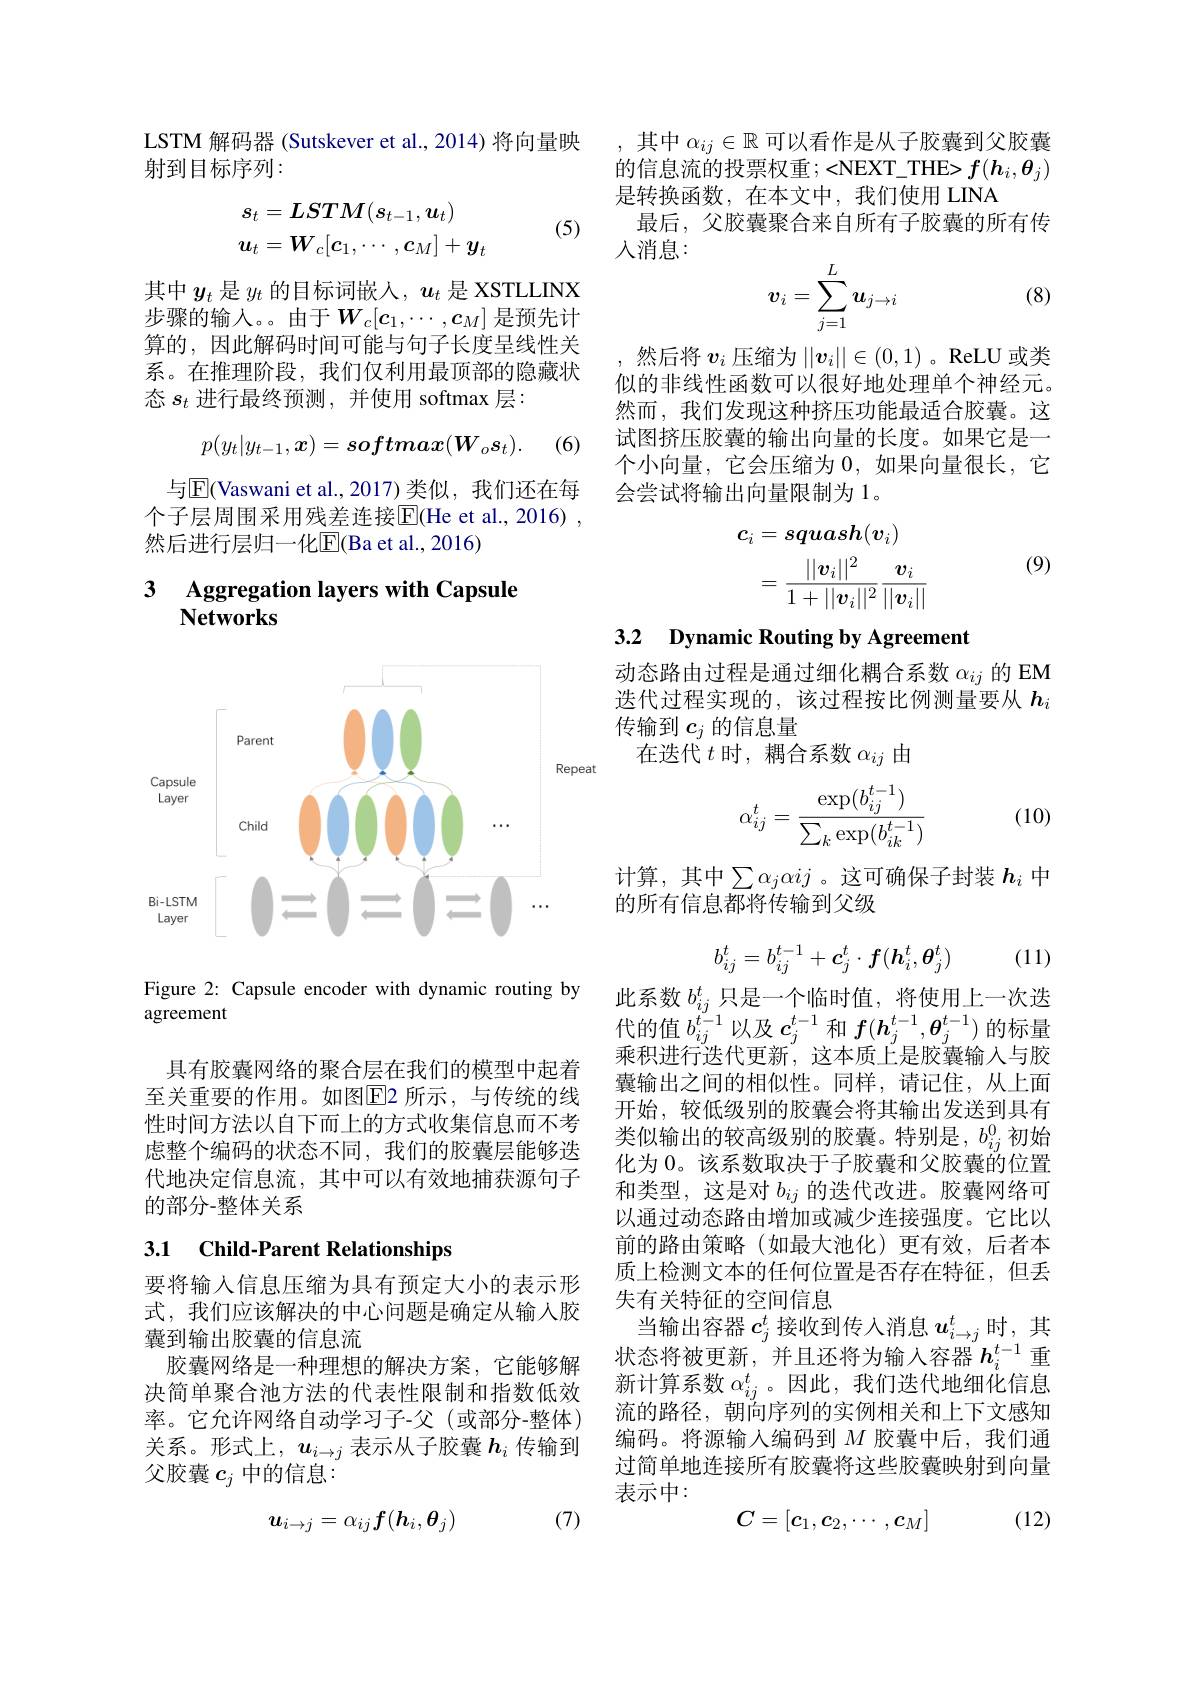
LSTM 解码器 (Sutskever et al., 2014) 将向量映
射到目标序列：
$$\begin{aligned}&s_{t}=\boldsymbol{LSTM}(\boldsymbol{s}_{t-1},\boldsymbol{u}_{t})\\&u_{t}=W_{c}[c_{1},\cdots,c_{M}]+y_{t}\end{aligned}$$
(5)

其中$y_t$ 是$y_t$ 的目标词嵌人，$u_t$ 是 XSTLLINX 步骤的输入。由于$W_c[c_1,\cdots,c_M]$ 是预先计算的，因此解码时间可能与句子长度呈线性关系。在推理阶段，我们仅利用最顶部的隐藏状态$s_t$进行最终预测 ,并使用 softmax 层：
$$p(y_t|y_{t-1},\boldsymbol{x})=softmax(W_os_t).$$
(6)

与$\underline{\mathrm{E}}$(Vaswani et al.,2017)类似，我们还在每个子层周围采用残差连接$\overline{\mathrm{E}}($He et al., 2016) , 然后进行层归一化$\overline{\mathrm{E}}($Ba et al., 2016)

### 3 Aggregation lavers with Capsule $\mathbf{Networks}$

<FigureHere>

Figure 2: Capsule encoder with dynamic routing by
agreement

具有胶囊网络的聚合层在我们的模型中起着至关重要的作用。如图$\overline{\mathrm{E}}$2 所示，与传统的线性时间方法以自下而上的方式收集信息而不考虑整个编码的状态不同，我们的胶囊层能够迭代地决定信息流，其中可以有效地捕获源句子的部分-整体关系

# 3.1 Child-Parent Relationships

要将输入信息压缩为具有预定大小的表示形式，我们应该解决的中心问题是确定从输入胶囊到输出胶囊的信息流
胶囊网络是一种理想的解决方案，它能够解决简单聚合池方法的代表性限制和指数低效率。它允许网络自动学习子-父(或部分-整体) 关系。形式上，$u_{i\to j}$表示从子胶囊$h_i$传输到父胶囊$c_j$中的信息：

(7)
$$\boldsymbol{u}_{i\to j}=\alpha_{ij}\boldsymbol{f}(\boldsymbol{h}_i,\boldsymbol{\theta}_j)$$
,其中$\alpha_{ij}\in\mathbb{R}$可以看作是从子胶囊到父胶囊的信息流的投票权重；<NEXT_THE> f(h_i,\theta_j) 是转换函数，在本文中，我们使用 LINA
最后，父胶囊聚合来自所有子胶囊的所有传
人消息：
$$v_i=\sum_{j=1}^Lu_{j\to i}$$
(8)

,然后将$v_i$压缩为$||v_i||\in(0,1)$ 。ReLU 或类似的非线性函数可以很好地处理单个神经元。然而，我们发现这种挤压功能最适合胶囊。这试图挤压胶囊的输出向量的长度。如果它是一个小向量，它会压缩为0，如果向量很长，它会尝试将输出向量限制为1。

(9)
$$\begin{aligned}c_{i}&=squash(v_{i})\\&=\frac{||v_i||^2}{1+||v_i||^2}\frac{v_i}{||v_i||}\end{aligned}$$
3.2 Dynamic Routing by Agreement

动态路由过程是通过细化耦合系数$\alpha_{ij}$的 EM 迭代过程实现的，该过程按比例测量要从$h_i$ 传输到$c_j$的信息量
在迭代$t$时，耦合系数$\alpha_ij$由
$$\alpha_{ij}^t=\frac{\exp(b_{ij}^{t-1})}{\sum_k\exp(b_{ik}^{t-1})}$$
(10)

计算，其中$\sum\alpha_j\alpha ij$ 。这可确保子封装 $h_i$ 中
的所有信息都将传输到父级
$$\begin{aligned}b_{ij}^t=b_{ij}^{t-1}+c_j^t\cdot f(h_i^t,\theta_j^t)\end{aligned}$$
(11)

此系数$b_{ij}^t$只是一个临时值，将使用上一次迭代的值$b_{ij}^{t-1}$以及$c_j^{t-1}$和$f(\boldsymbol{h}_j^{t-1},\boldsymbol{\theta}_j^{t-1})$的标量乘积进行迭代更新，这本质上是胶囊输入与胶囊输出之间的相似性。同样，请记住，从上面开始，较低级别的胶囊会将其输出发送到具有类似输出的较高级别的胶囊。特别是，$b_{ij}^0$初始化为 0。该系数取决于子胶囊和父胶囊的位置和类型，这是对$b_{ij}$的迭代改进。胶囊网络可以通过动态路由增加或减少连接强度。它比以前的路由策略(如最大池化)更有效，后者本质上检测文本的任何位置是否存在特征，但丢失有关特征的空间信息
当输出容器$c_j^t$接收到传入消息$u_{i\to j}^t$时，其状态将被更新，并且还将为输入容器$h_i^{t-1}$ 重新计算系数$\alpha_{ij}^t$ 。因此，我们迭代地细化信息流的路径，朝向序列的实例相关和上下文感知编码。将源输入编码到$M$胶囊中后，我们通过简单地连接所有胶囊将这些胶囊映射到向量表示中：
$$C=[c_1,c_2,\cdots,c_M]$$
(12)